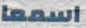
اسمعا